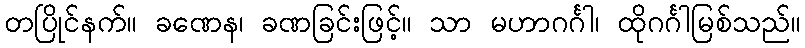
တပြိုင်နက်။ ခဏေန၊ ခဏခြင်းဖြင့်။ သာ မဟာဂင်္ဂါ၊ ထိုဂင်္ဂါမြစ်သည်။